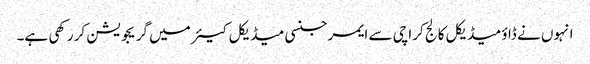
انہوں نے ڈاؤ میڈیکل کالج کراچی سے ایمرجنسی میڈیکل کیئر میں گریجویشن کر رکھی ہے۔